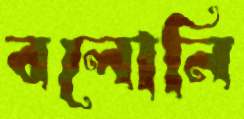
বলোনি